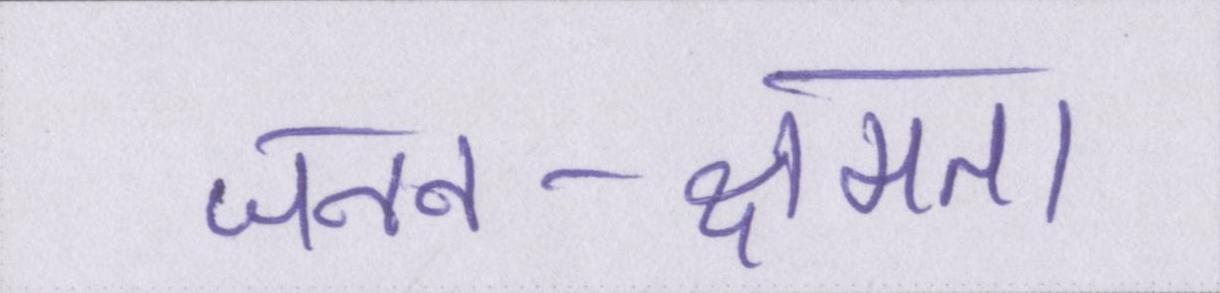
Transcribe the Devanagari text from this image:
जनन-क्षमता